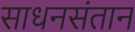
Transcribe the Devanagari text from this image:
साधनसंतान